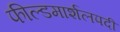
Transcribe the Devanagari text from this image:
फील्डमार्शलपदी